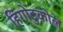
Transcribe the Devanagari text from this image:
हिंगोटुकोल